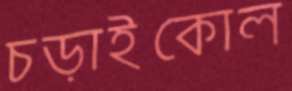
চড়াইকোল